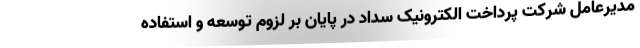
مدیرعامل شرکت پرداخت الکترونیک سداد در پایان بر لزوم توسعه و استفاده